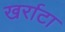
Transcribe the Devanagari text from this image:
खर्राटा